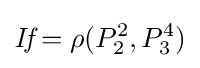
{\textit {If}}=\rho (P_{2}^{2},P_{3}^{4})